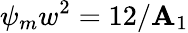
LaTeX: \psi_{m}w^{2}=12/\mathbf{A}_{1}